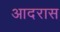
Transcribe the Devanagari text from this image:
आदरास